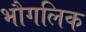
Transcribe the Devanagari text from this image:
भौगलिक